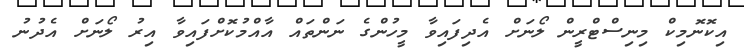
އިކޮނޮމިކް މިނިސްޓްރީން ލޯނަށް އެދިފައިވާ މީހުންގެ ނަންތައް އާއްމުކޮށްފައިވާ އިރު ލޯނަށް އެދުނު